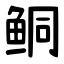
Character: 鲖